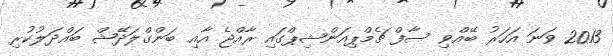
2013 ވަނަ އަހަރު ބޭއްވި ސާފް ޗެމްޕިއަންޝިޕްގައި ރާއްޖެ އާއި ބަންގްލަދޭޝް ބައްދަލުކުރި